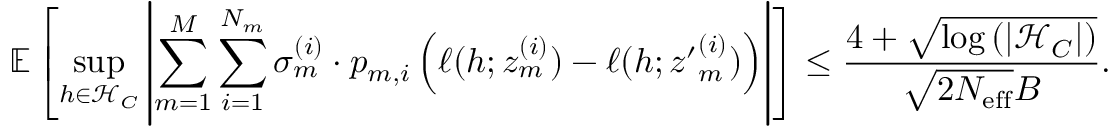
\mathbb { E } \left[ \operatorname* { s u p } _ { h \in \mathcal { H } _ { C } } \left| \sum _ { m = 1 } ^ { M } \sum _ { i = 1 } ^ { N _ { m } } \sigma _ { m } ^ { ( i ) } \cdot p _ { m , i } \left( \ell ( h ; z _ { m } ^ { ( i ) } ) - \ell ( h ; { z ^ { \prime } } _ { m } ^ { ( i ) } ) \right) \right| \right] \leq \frac { 4 + \sqrt { \log \left( | \mathcal { H } _ { C } | \right) } } { \sqrt { 2 N _ { \mathrm { e f f } } } B } .